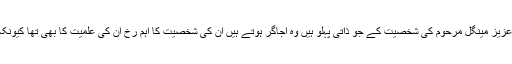
یہ باتیں جو بیان ہوئی ہیں ان میں عزیز مینگل مرحوم کی شخصیت کے جو ذاتی پہلو ہیں وہ اجاگر ہوتے ہیں ان کی شخصیت کا اہم رُخ اُن کی علمیت کا بھی تھا کیونکہ ان کی دوستیاں اہل قلم سے تھیں۔